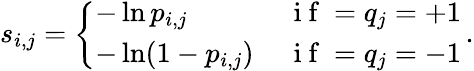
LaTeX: s_{i,j}=\left\{ \begin{array}{ll}{-\ln p_{i,j}\, }&{\mathrm{~i~f~}=q_{j}=+1}\\ {-\ln(1-p_{i,j})\, }&{\mathrm{~i~f~}=q_{j}=-1}\end{array}\right.\, .